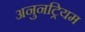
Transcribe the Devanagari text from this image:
अनुनट्रियम